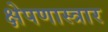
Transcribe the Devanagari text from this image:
क्षेपणास्त्रार